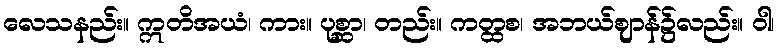
လေသနည်း။ ဣတိအယံ၊ ကား။ ပုစ္ဆာ၊ တည်း။ ကတ္ထစ၊ အဘယ်ဈာန်၌လည်း။ ဝါ၊